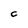
Character: C